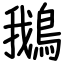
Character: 鵝